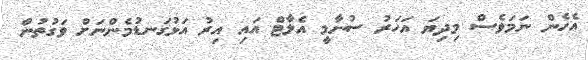
އެހެން ނަމަވެސް މިދިޔަ އަހަރު ސުނާމީ އެލާޓް އައި އިރު އަޅުގަނޑުމެންނަށް ވަގުތުން